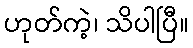
ဟုတ်ကဲ့၊ သိပါပြီ။